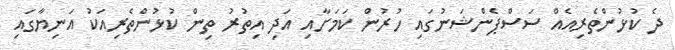
ދެ ކުޅުންތެރިއެއް ސަސްޕެންޝަނުގައި ހުރުން ކަމަށާއި އަދި އިތުރު ތިން ކުޅުންތެރިއަކު އަނިޔާގައި